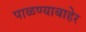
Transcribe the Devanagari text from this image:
पाळण्याबाहेर